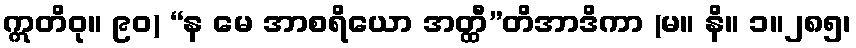
ဣတိဝု။ ၉၀) “န မေ အာစရိယော အတ္ထီ”တိအာဒိကာ (မ။ နိ။ ၁။၂၈၅၊